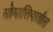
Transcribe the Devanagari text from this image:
सोमालियातील